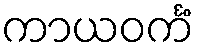
ကာယဝင်္ကံ